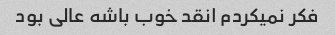
فکر نمیکردم انقد خوب باشه عالی بود